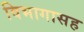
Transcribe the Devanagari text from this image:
विभागासह